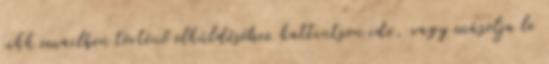
cikk emailben történő elküldéséhez kattintson ide, vagy másolja le